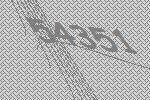
54351